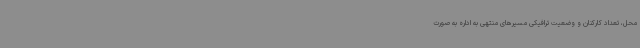
محل، تعداد کارکنان و وضعیت ترافیکی مسیرهای منتهی به اداره به صورت